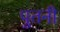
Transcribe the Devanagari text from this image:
पुतनी